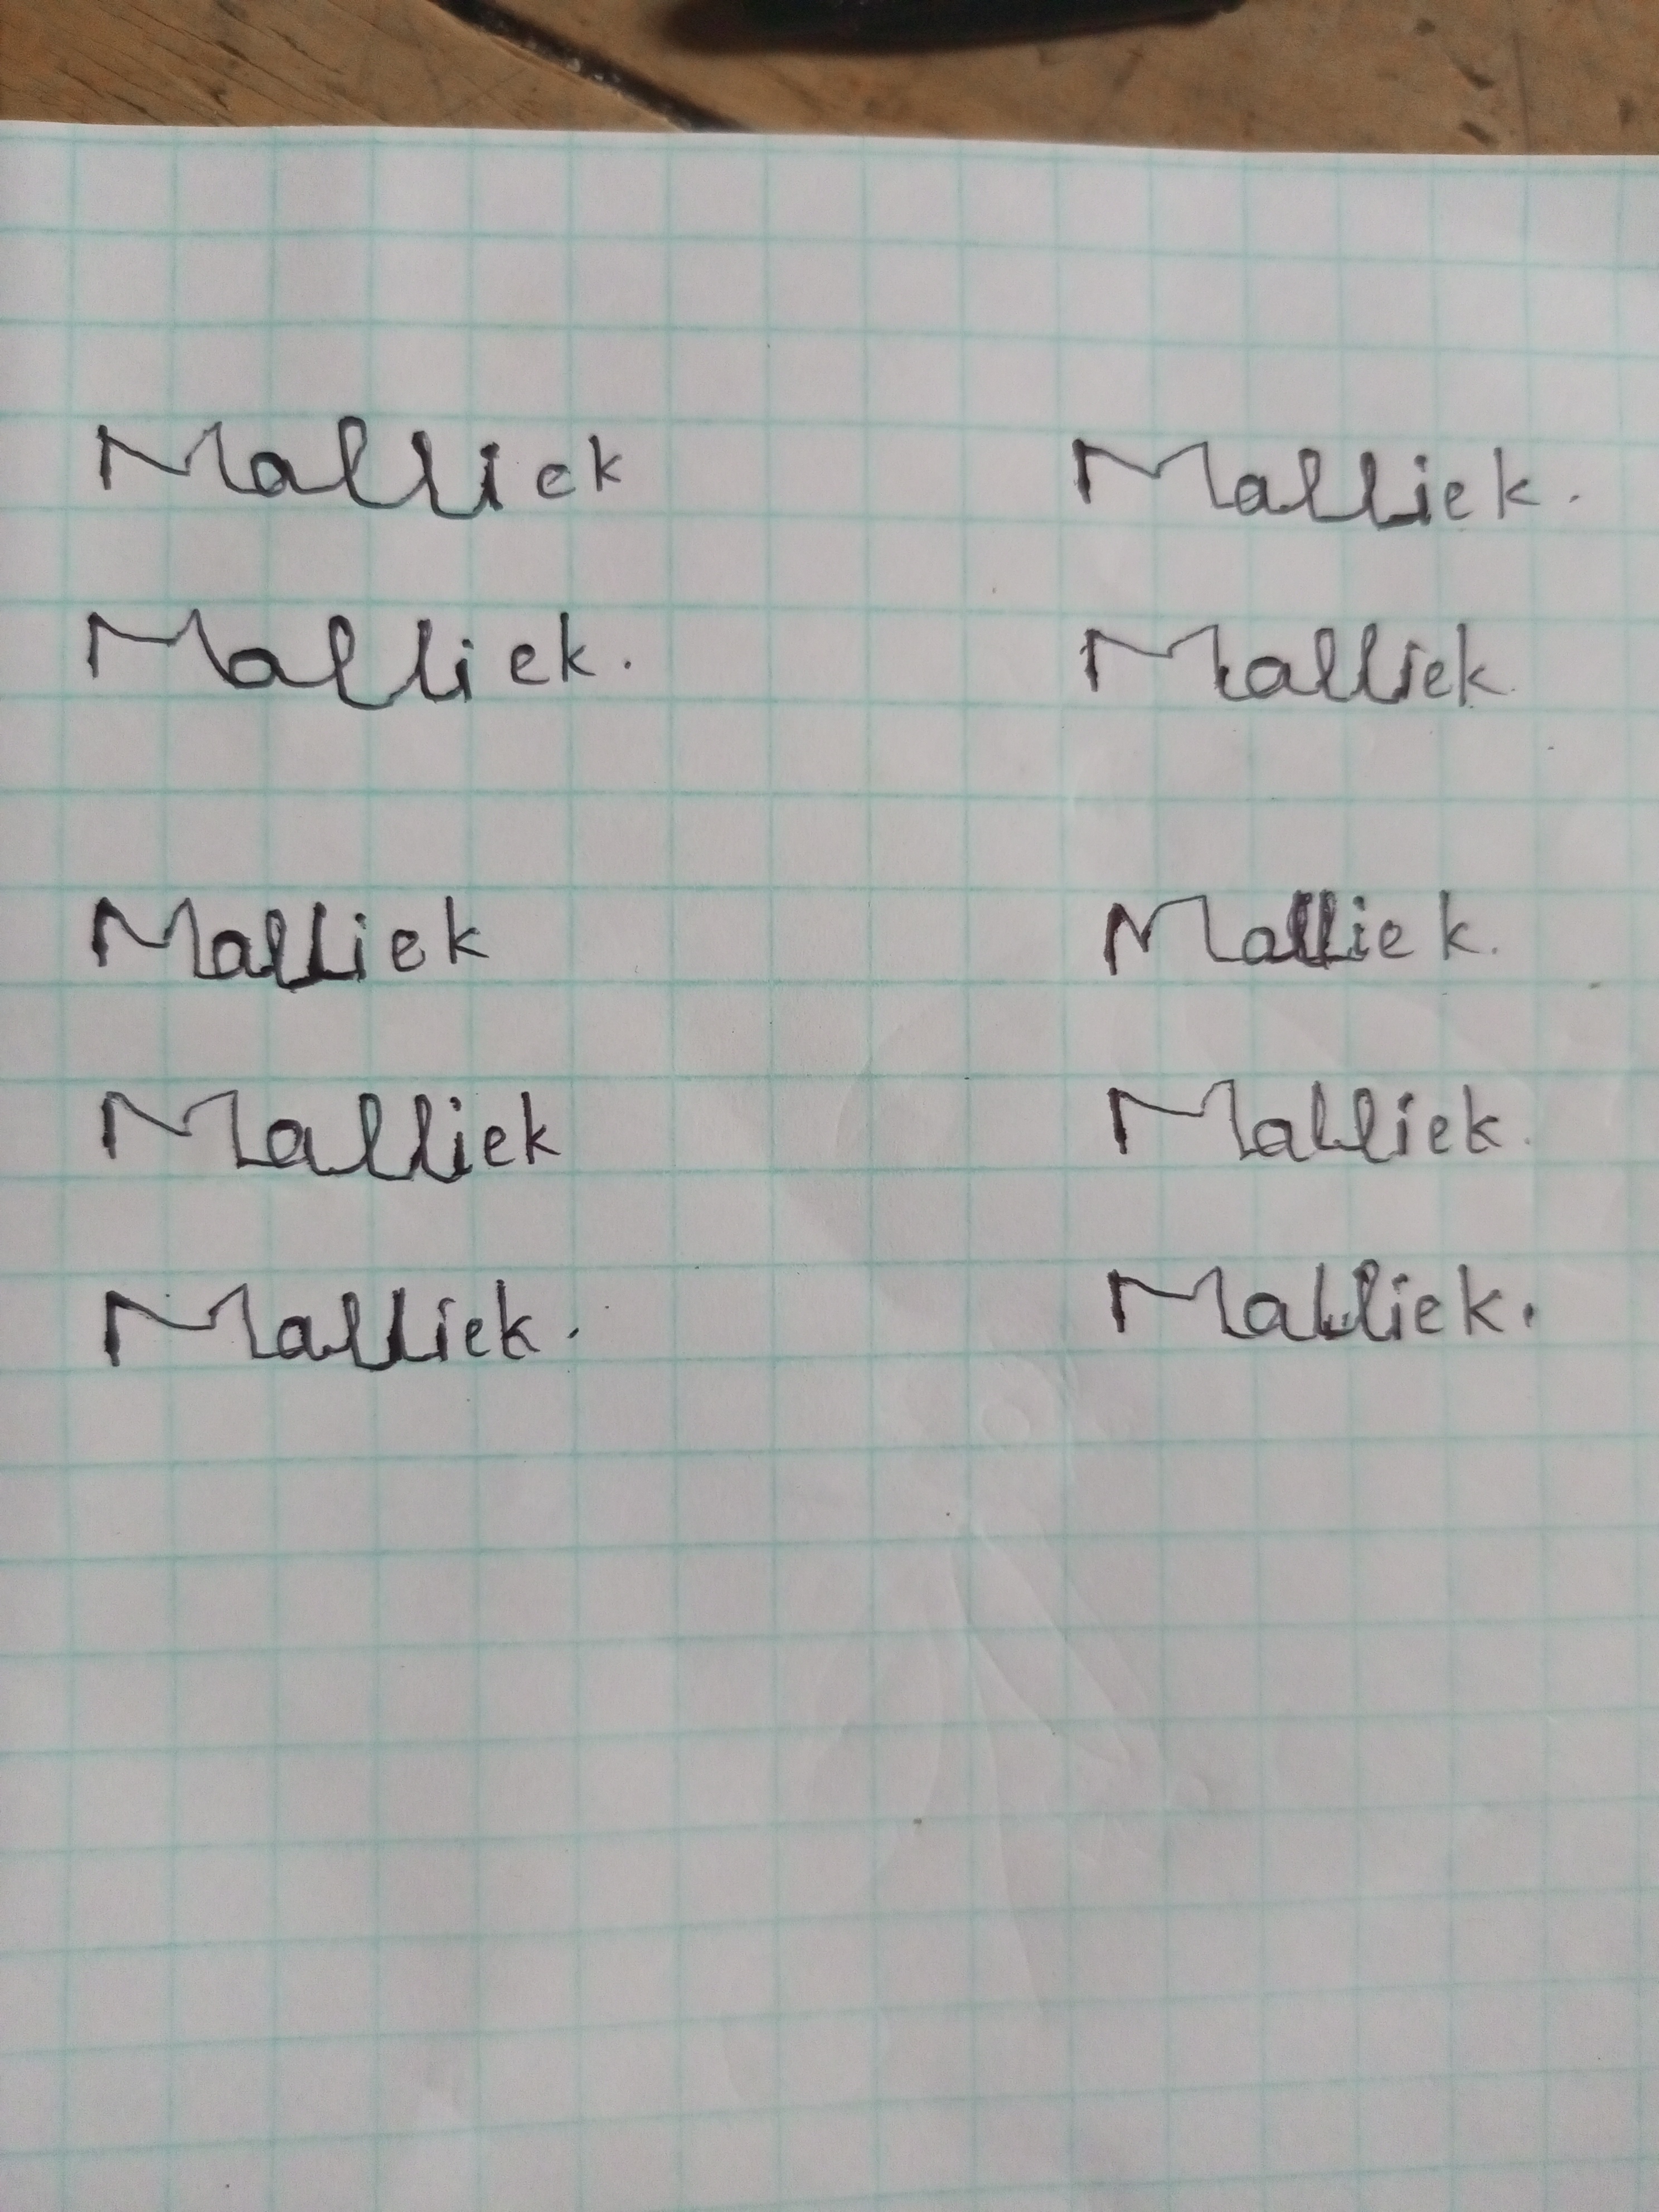
Signature authenticity: forged